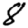
Digit: 8